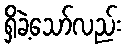
ရှိခဲ့သော်လည်း